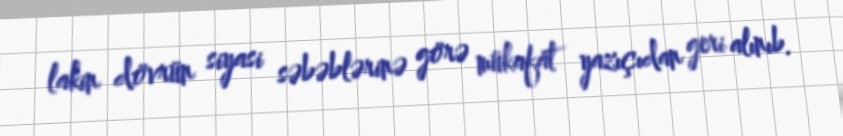
lakin dövrün siyasi səbəblərinə görə mükafat yazıçıdan geri alınıb.